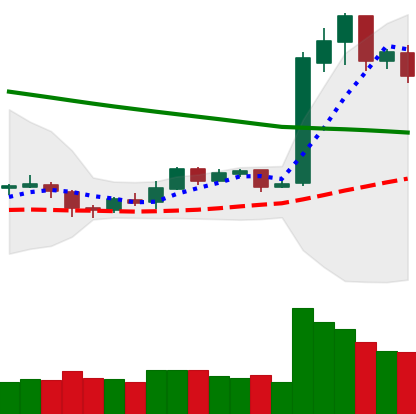
Ticker: LTC-USD
Chart end date: 2019-02-13
Forward return: 14.395%
Label: up_7plus